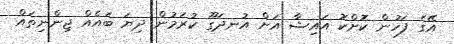
އޭގެ ފަހުން ކޮށްކޮ އައިޝާ އަށް އުނދަގޫ ކުރަމުން ދިޔަ ބައެއް ޖިންނިތައް